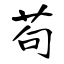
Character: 苟